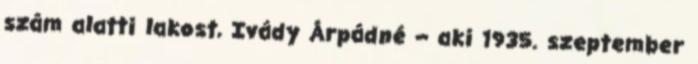
szám alatti lakost, Ivády Árpádné – aki 1935. szeptember